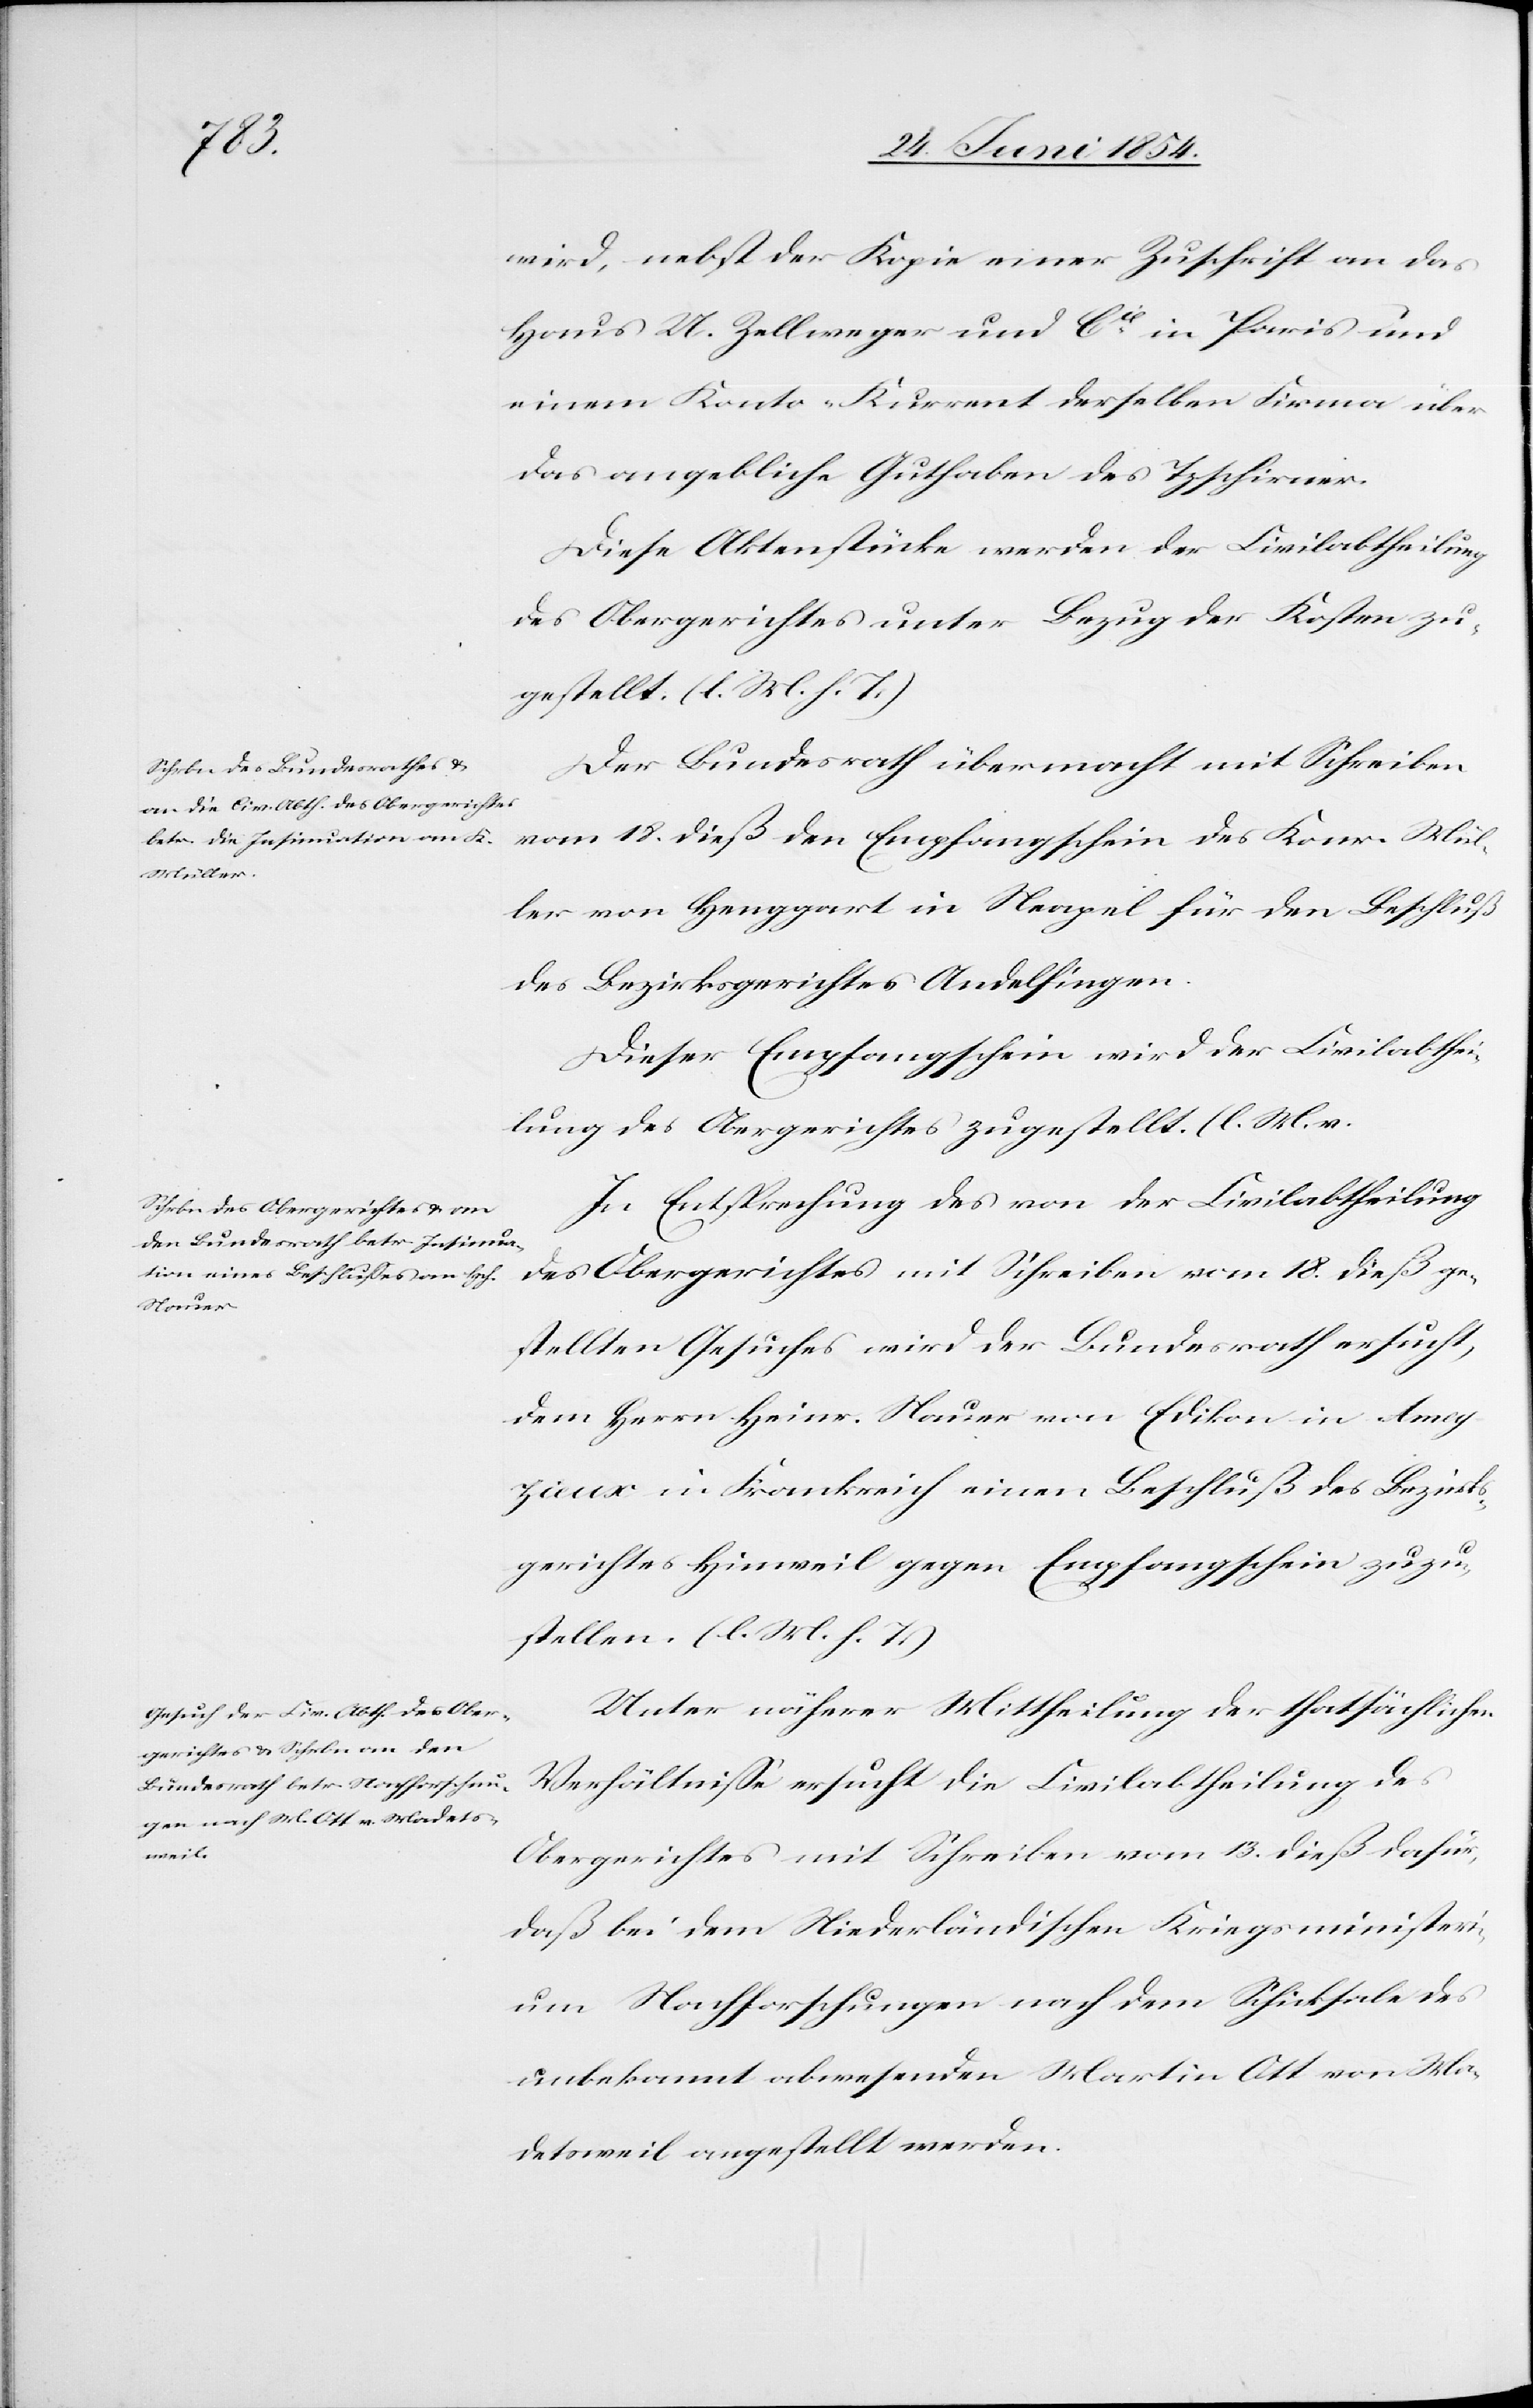
ium
wird, nebst der Kopie einer Zuschrift an das
Haus U. Zellweger und Cie in Paris und
einem Konto-Kurrent derselben Firma über
das angebliche Guthaben des Tzschirner.
Diese Aktenstücke werden der Civilabtheilung
des Obergerichtes unter Bezug der Kosten zu¬
gestellt. (l. M. h. T.)
Der Bundesrath übermacht mit Schreiben
vom 18. dieß den Empfangschein des Konr. Mül¬
ler von Henggart in Neapel für den Beschluß
des Bezirksgerichtes Andelfingen.
Dieser Empfangschein wird der Civilabthei¬
lung des Obergerichtes zugestellt. (l. M. v.
In Entsprechung des von der Civilabtheilung
des Obergerichtes mit Schreiben vom 18. dieß ge¬
stellten Gesuches wird der Bundesrath ersucht,
dem Herrn Heinr. Nauer von Edikon in Amey¬
zieux] in Frankreich einen Beschluß des Bezirks¬
gerichts Hinweil gegen Empfangschein zuzu¬
stellen. (l. M. h. T.)
Unter näherer Mittheilung der thatsächlichen
Verhältniße ersuch die Civilabtheilung mit
daß bei dem Niederländischen Kriegsminister¬
um Nachforschungen nach dem Schicksale des
unbekannt abwesenden Martin Ott von Ma¬
detsweil angestellt werden.